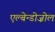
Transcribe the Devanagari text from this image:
एल्बेन्डोज़ोल